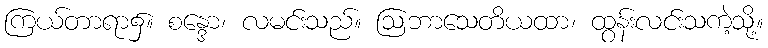
ကြယ်တာရာ၌။ စန္ဒော၊ လမင်းသည်။ ဩဘာသေတိယထာ၊ ထွန်းလင်းသကဲ့သို့။